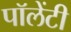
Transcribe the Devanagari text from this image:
पॉलेंटी